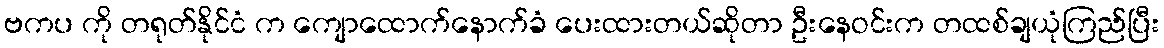
ဗကပ ကို တရုတ်နိုင်ငံ က ကျောထောက်နောက်ခံ ပေးထားတယ်ဆိုတာ ဦးနေဝင်းက တထစ်ချယုံကြည်ပြီး